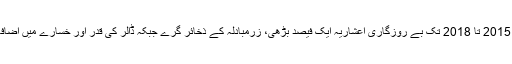
سال 2015 تا 2018 تک بے روزگاری اعشاریہ ایک فیصد بڑھی، زرمبادلہ کے ذخائر گرے جبکہ ڈالر کی قدر اور خسارے میں اضافہ ہوا۔